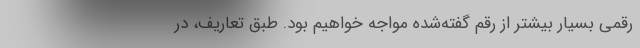
رقمی بسیار بیشتر از رقم گفته‌شده مواجه خواهیم بود. طبق تعاریف، در